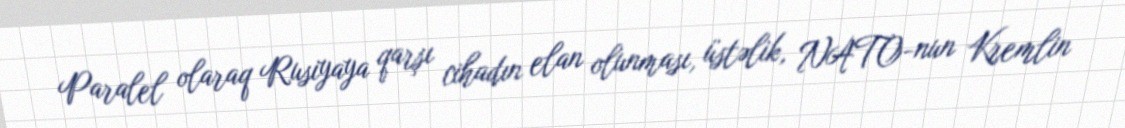
Paralel olaraq Rusiyaya qarşı cihadın elan olunması, üstəlik, NATO-nun Kremlin